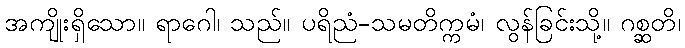
အကျိုးရှိသော။ ရာဂေါ၊ သည်။ ပရိညံ-သမတိက္ကမံ၊ လွန်ခြင်းသို့။ ဂစ္ဆတိ၊